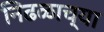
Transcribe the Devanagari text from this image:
निढळाच्या